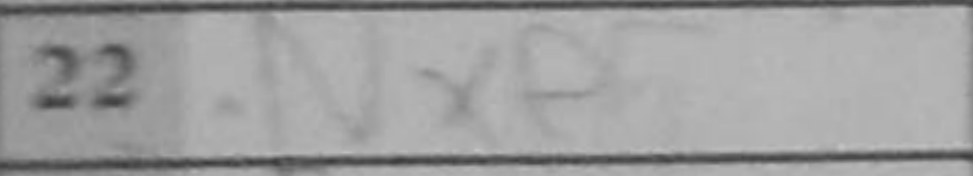
Transcription: Nxe5